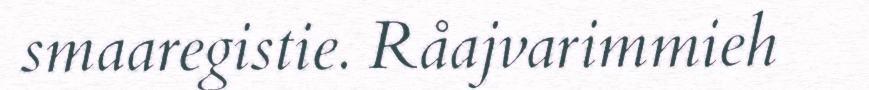
smaaregistie. Råajvarimmieh